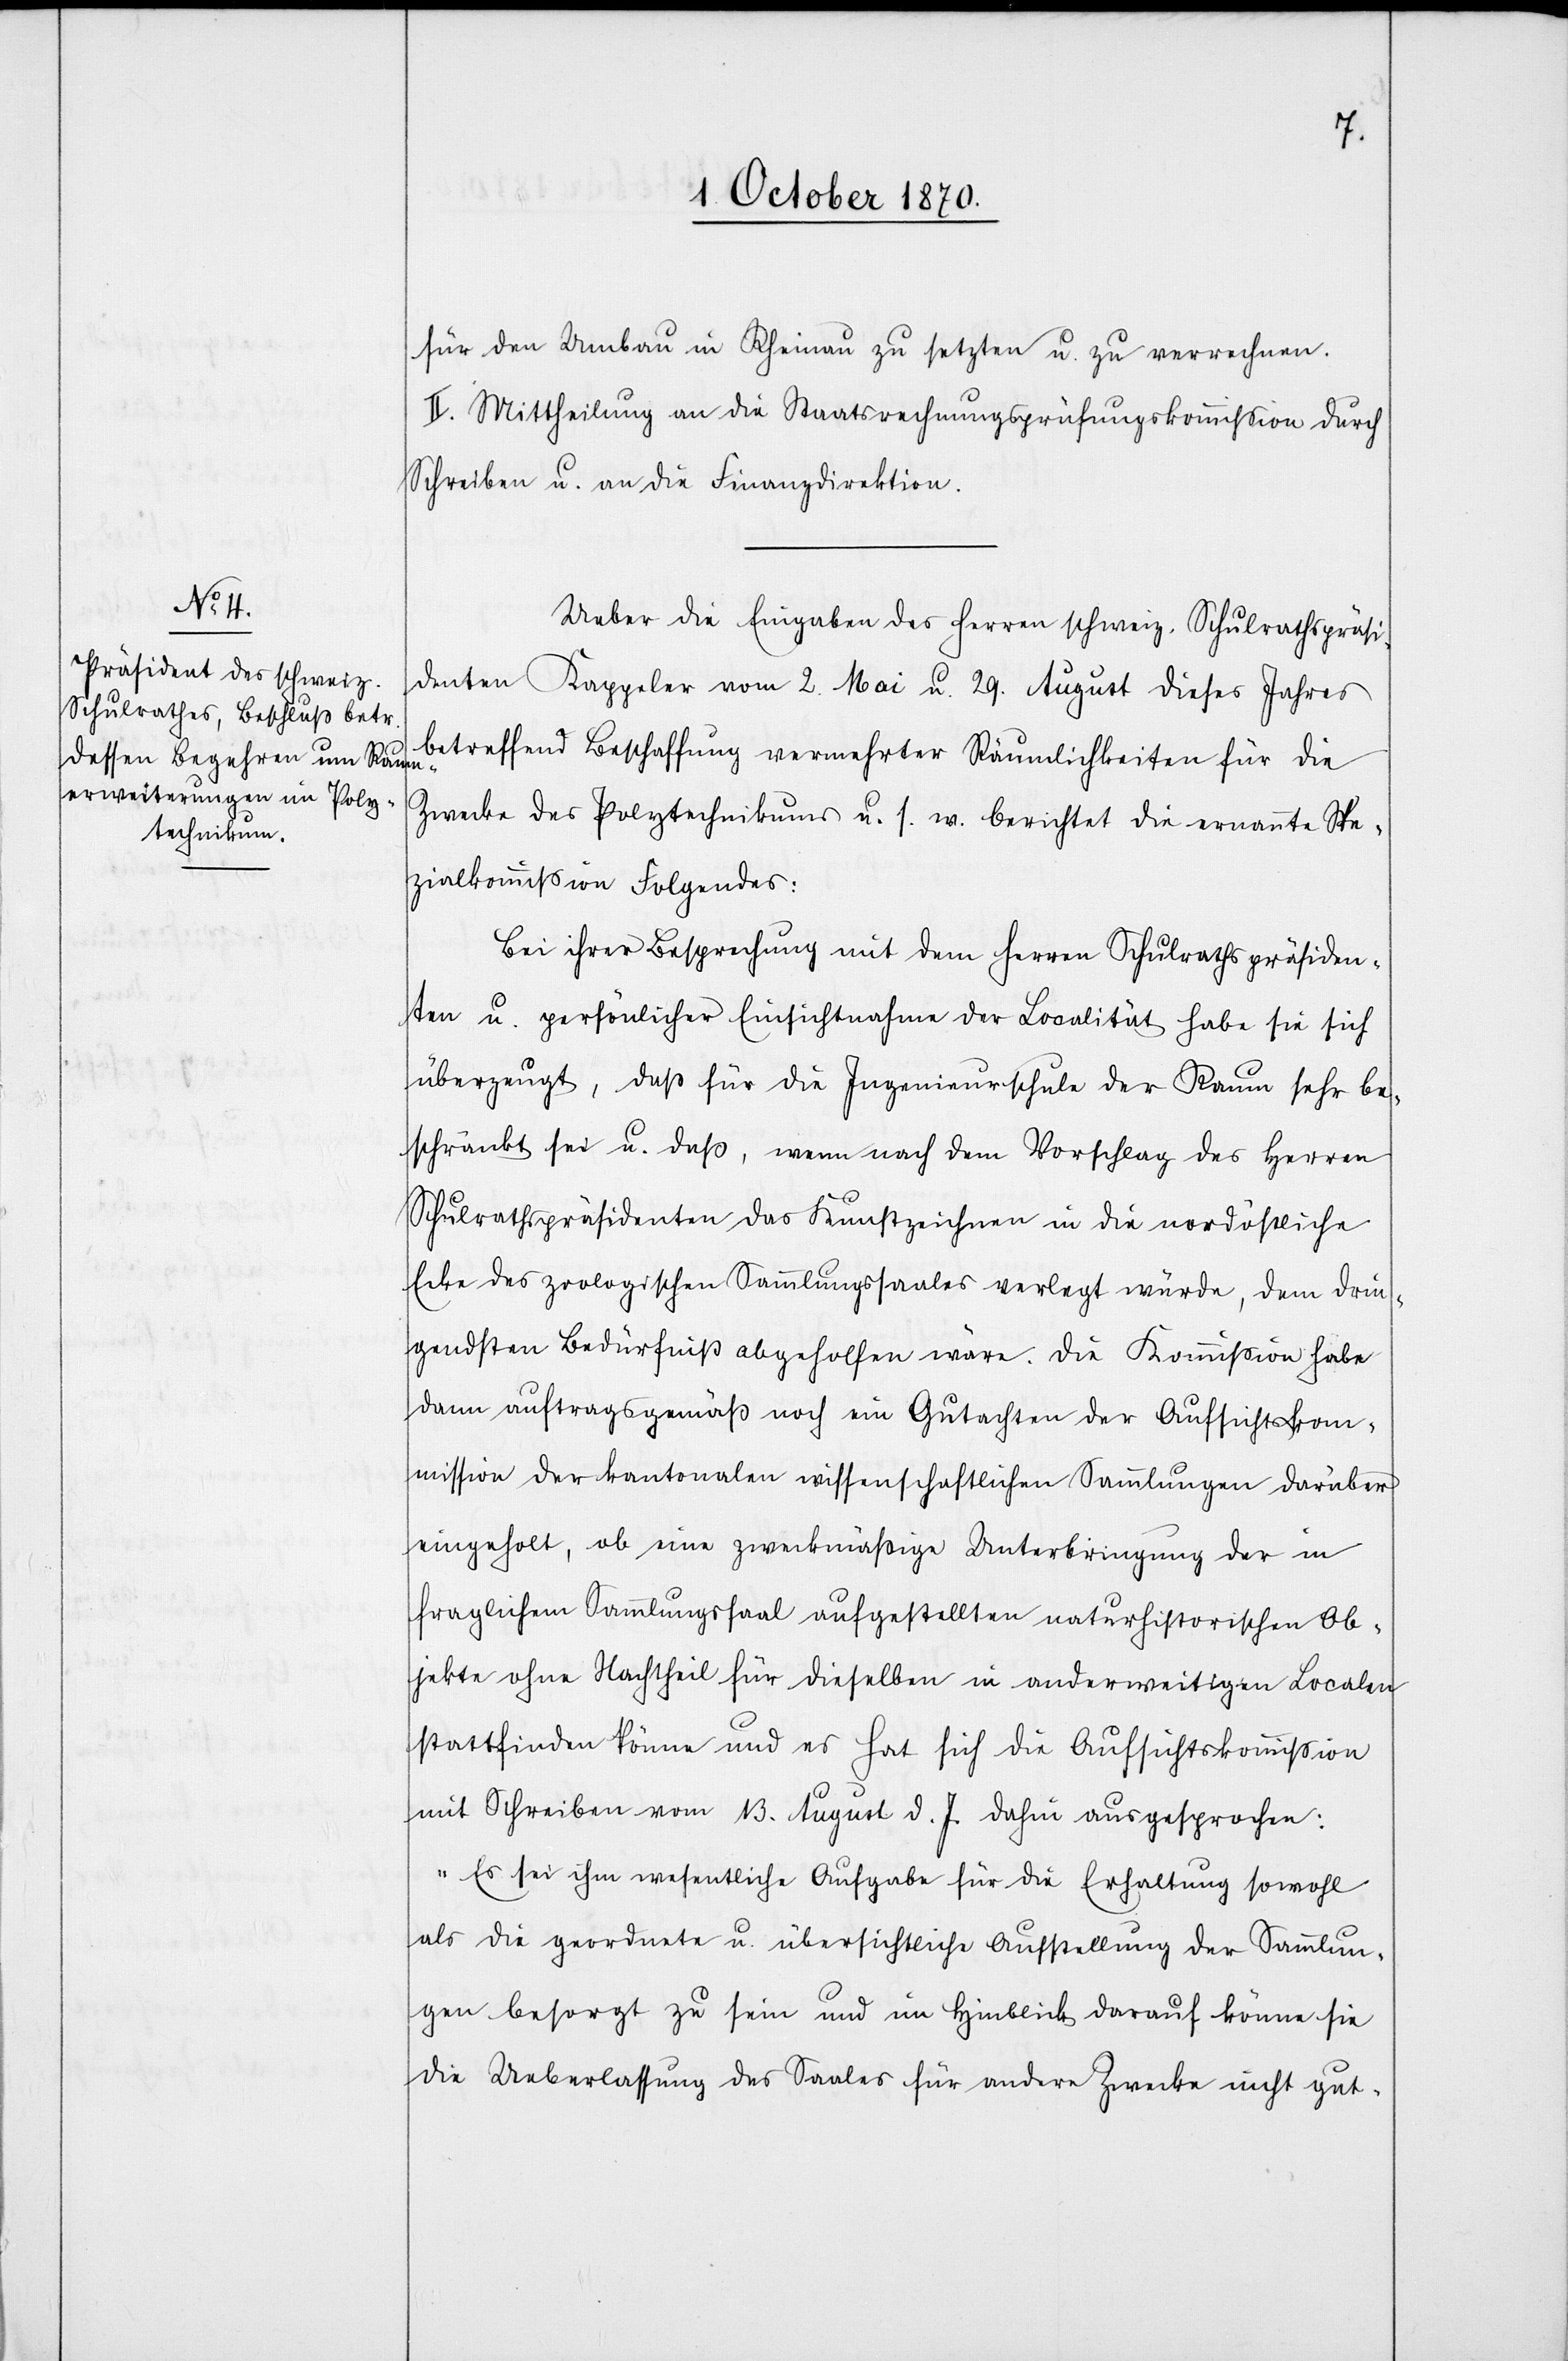
für den Umbau in Rheinau zu setzten [sic!] u. zu verrechnen.
II. Mittheilung an die Staatsrechnungsprüfungskommission durch
Schreiben u. an die Finanzdirektion.
Ueber die Eingaben des Herren schweiz. Schulrathspräsi¬
denten Kappeler vom 2. Mai u. 29. August dieses Jahres
betreffend Beschaffung vermehrter Räumlichkeiten für die
Zwecke des Polytechnikums u. s. w. berichtet die ernannte Spe¬
zialkommißion Folgendes:
Bei ihrer Besprechung mit dem Herren Schulrathspräsiden¬
ten u. persönlicher Einsichtnahme der Localität habe sie sich
überzeugt, daß für die Ingenieurschule der Raum sehr be¬
schränkt sei u. daß, wenn nach dem Vorschlag des Herren
Schulrathspräsidenten das Kunstzeichnen in die nordöstliche
Ecke des zoologischen Sammlungssaales verlegt würde, dem drin¬
gendsten Bedürfniß abgeholfen wäre. Die Kommission habe
dann auftragsgemäß noch ein Gutachten der Aufsichtskom¬
mission der kantonalen wissenschaftlichen Sammlungen darüber
eingeholt, ob eine zweckmäßige Unterbringung der in
fraglichem Sammlungssaal aufgestellten naturhistorischen Ob¬
jekte ohne Nachtheil für dieselben in anderweitigen Localen
stattfinden könne und es hat sich die Aufsichtskommißion
mit Schreiben vom 13. August d. Js. dafür ausgesprochen:
als die geordnete u. übersichtliche Aufstellung der Sammlun¬
gen besorgt zu sein und im Hinblick darauf könne sie
die Ueberlassung des Saales für andere Zwecke nicht gut-